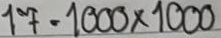
17 = 1000 x 1000